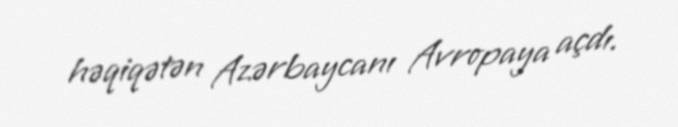
həqiqətən Azərbaycanı Avropaya açdı.